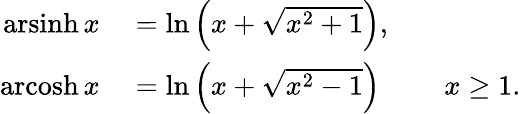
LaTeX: \begin{array}{rlrl}{\operatorname{arsinh}{x}}&{{}=\ln\left(x+{\sqrt{x^{2}+1}}\right),}\\ {\operatorname{arcosh}{x}}&{{}=\ln\left(x+{\sqrt{x^{2}-1}}\right)}&{}&{{}x\geq 1.}\end{array}